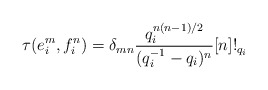
\begin{align*}\tau(e_i^m,f_i^n)=\delta_{mn}\frac{q_i^{n(n-1)/2}}{(q_i^{-1}-q_i)^n}[n]!_{q_i}\end{align*}